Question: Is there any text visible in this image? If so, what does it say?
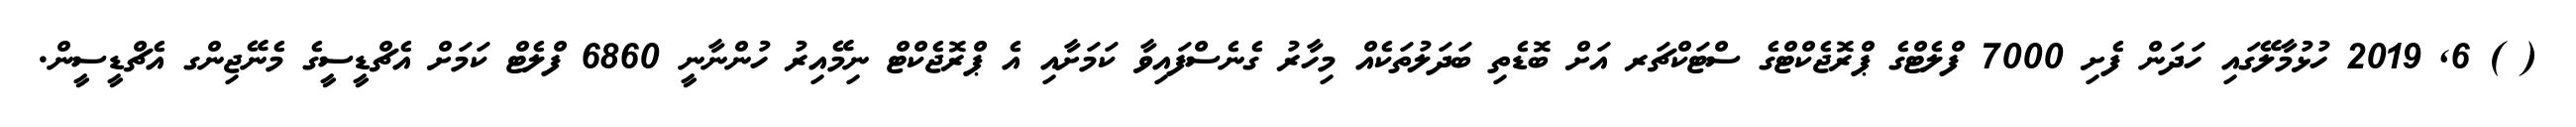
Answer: ( ) 6, 2019 ހުޅުމާލޭގައި ހަދަން ފެށި 7000 ފްލެޓްގެ ޕްރޮޖެކްޓްގެ ސްޓަކްޗަރ އަށް ބޮޑެތި ބަދަލުތަކެއް މިހާރު ގެނެސްފައިވާ ކަމަށާއި އެ ޕްރޮޖެކްޓް ނިމޭއިރު ހުންނާނީ 6860 ފްލެޓް ކަމަށް އެޗްޑީސީގެ މެނޭޖިންގ އެޗްޑީސީން.